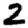
Digit: 2